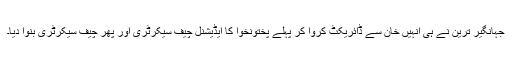
جہانگیر ترین نے ہی انہیں خان سے ڈائریکٹ کروا کر پہلے پختونخوا کا ایڈیشنل چیف سیکرٹری اور پھر چیف سیکرٹری بنوا دیا۔